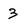
Character: 3